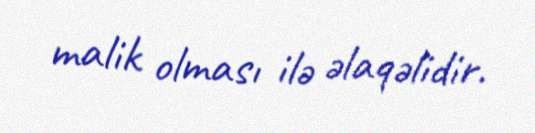
malik olması ilə əlaqəlidir.